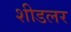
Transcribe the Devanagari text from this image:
शीडलर